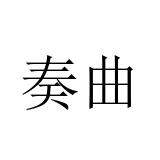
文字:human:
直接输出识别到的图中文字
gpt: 奏曲